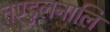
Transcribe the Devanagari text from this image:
तण्डुलनालि